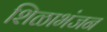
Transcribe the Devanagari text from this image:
शिळाभंजन